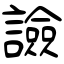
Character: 譣